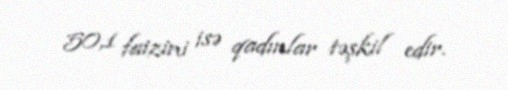
50,1 faizini isə qadınlar təşkil edir.